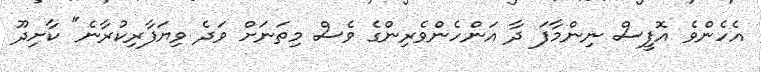
އެހެންވެ އޮފީސް ނިންމާފަ ދާ އަންހެންވެރިންގެ ވެސް މިތަނަށް ވަދެ ވިޔަފާރިކުރާނެ" ކާށިދޫ